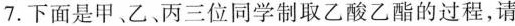
7.下面是甲、乙、丙三位同学制取乙酸乙酯的过程，请